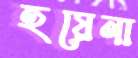
হয়েনা